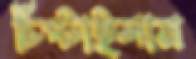
চিপ্‌টাইলাম